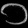
Digit: ၁